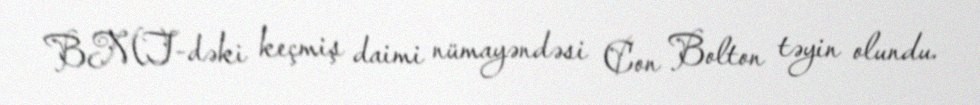
BMT-dəki keçmiş daimi nümayəndəsi Con Bolton təyin olundu.